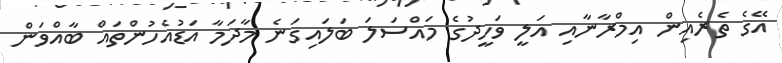
އޭގެ ތެރެއިން އިމްރާނާއި އަލީ ވަހީދުގެ މައްސަލަ ބަލައިގަނެ މާދަމާ އަޑުއެހުންތައް ބާއްވަން